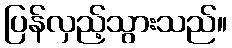
ပြန်လှည့်သွားသည်။